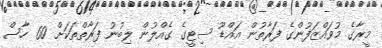
މީރާގެ މުވައްޒަފުންގެ ފަރާތުން އައްޑޫ ސިޓީގެ ގެއްލުން ލިބުނު ފަރާތްތަކަށް 60 ހާސް